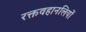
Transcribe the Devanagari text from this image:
रक्तवहानलियों